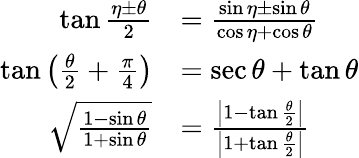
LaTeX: {\begin{array}{rl}{\tan{\frac{\eta\pm\theta}{2}}}&{={\frac{\sin\eta\pm\sin\theta}{\cos\eta+\cos\theta}}}\\ {\tan\left({\frac{\theta}{2}}+{\frac{\pi}{4}}\right)}&{=\sec\theta+\tan\theta}\\ {{\sqrt{\frac{1-\sin\theta}{1+\sin\theta}}}}&{={\frac{\left|1-\tan{\frac{\theta}{2}}\right|}{\left|1+\tan{\frac{\theta}{2}}\right|}}}\end{array}}